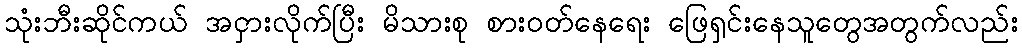
သုံးဘီးဆိုင်ကယ် အငှားလိုက်ပြီး မိသားစု စားဝတ်နေရေး ဖြေရှင်းနေသူတွေအတွက်လည်း